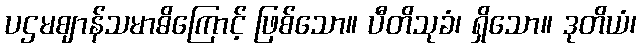
ပဌမဈာန်သမာဓိကြောင့် ဖြစ်သော။ ပီတိသုခံ၊ ရှိသော။ ဒုတိယံ၊